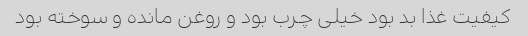
کیفیت غذا بد بود خیلی چرب بود و روغن مانده و سوخته بود